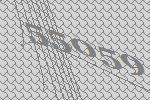
55059